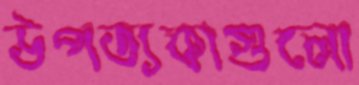
উপত্যকাগুলো